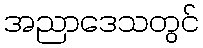
အညာဒေသတွင်